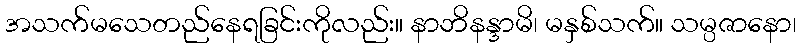
အသက်မသေတည်နေရခြင်းကိုလည်း။ နာဘိနန္ဒာမိ၊ မနှစ်သက်။ သမ္ပဇာနော၊